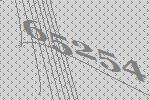
65254